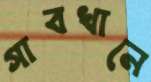
গাবখানে